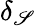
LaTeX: \delta_{\mathscr{S}}